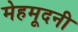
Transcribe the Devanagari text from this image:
मेहमूदनी